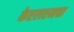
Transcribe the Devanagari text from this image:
केएलएमचा